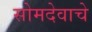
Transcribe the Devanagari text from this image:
सोमदेवाचे